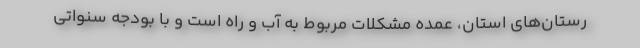
رستان‌های استان، عمده مشکلات مربوط به آب و راه است و با بودجه سنواتی